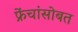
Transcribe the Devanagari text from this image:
फ्रेंचांसोबत